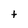
Character: t